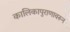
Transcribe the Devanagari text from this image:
कालिकापुराणावरून